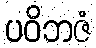
ပဝိဘဇံ